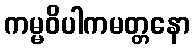
ကမ္မဝိပါကမတ္တနော